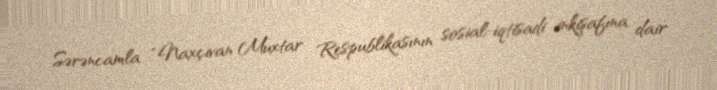
Sərəncamla “Naxçıvan Muxtar Respublikasının sosial-iqtisadi inkişafına dair